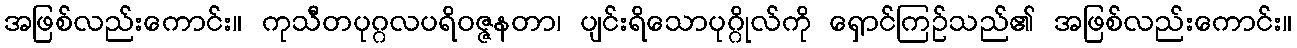
အဖြစ်လည်းကောင်း။ ကုသီတပုဂ္ဂလပရိဝဇ္ဇနတာ၊ ပျင်းရိသောပုဂ္ဂိုလ်ကို ရှောင်ကြဉ်သည်၏ အဖြစ်လည်းကောင်း။